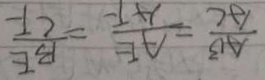
\frac { A B } { A C } = \frac { A E } { A F } = \frac { B E } { C F }